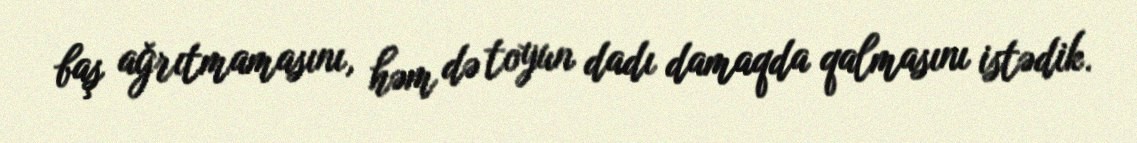
baş ağrıtmamasını, həm də toyun dadı damaqda qalmasını istədik.